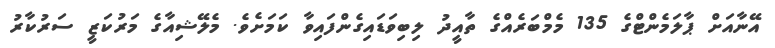
އޭނާއަށް ޕާލަމެންޓްގެ 135 މެމްބަރެއްގެ ތާއީދު ލިބިވަޑައިގެންފައިވާ ކަމަށެވެ. މެލޭޝިއާގެ މަރުކަޒީ ސަރުކާރު